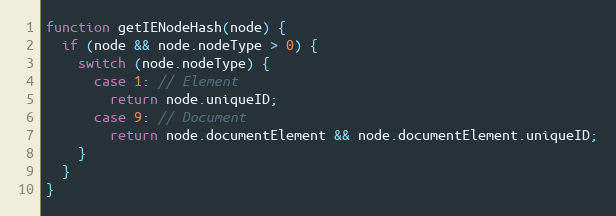
Language: JavaScript
function getIENodeHash(node) {
  if (node && node.nodeType > 0) {
    switch (node.nodeType) {
      case 1: // Element
        return node.uniqueID;
      case 9: // Document
        return node.documentElement && node.documentElement.uniqueID;
    }
  }
}